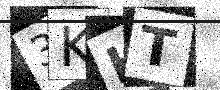
Text: 3KHT